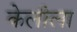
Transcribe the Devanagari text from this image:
केलीला